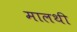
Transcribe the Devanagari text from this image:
मालथी